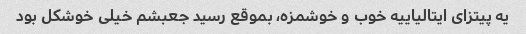
یه پیتزای ایتالیاییه خوب و خوشمزه، بموقع رسید جعبشم خیلی خوشکل بود